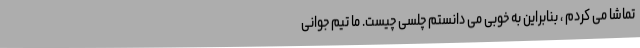
تماشا می کردم ، بنابراین به خوبی می دانستم چلسی چیست. ما تیم جوانی